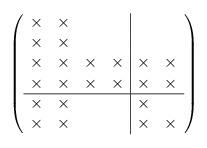
LaTeX: \begin{align*}\left( \begin{array}{cccc|cc} \times & \times & & & & \\ \times & \times & & & & \\ \times & \times & \times & \times & \times & \times \\ \times & \times & \times & \times & \times & \times \\ \hline \times & \times & & & \times & \\ \times & \times & & & \times & \times \end{array} \right)\end{align*}